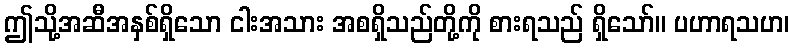
ဤသို့အဆီအနှစ်ရှိသော ငါးအသား အစရှိသည်တို့ကို စားရသည် ရှိသော်။ ပဟာရသဟ၊